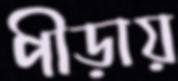
পীড়ায়